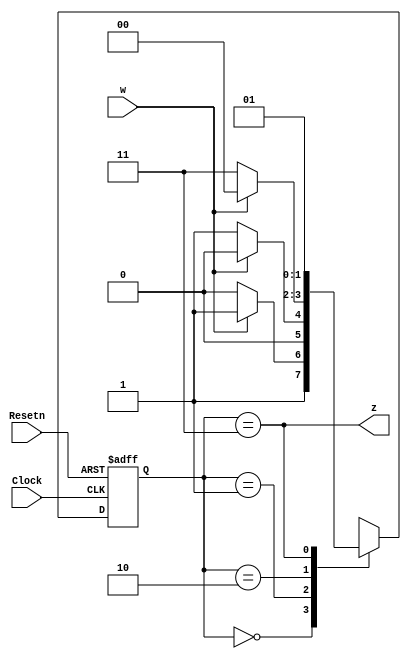
module Test(Clock, Resetn, w, z);
input Clock, Resetn, w;
output z;

reg [1:0] y, Y;
parameter [1:0] S0 =0, S1=1, S2=2, S3=3;

always@ (w, y)
	case (y)
		S0: if (w) Y = S3;
			else Y = S2;
		S1: if (w) Y = S0;
			else Y = S1;
		S2: if (w) Y = S0;
			else Y = S3;
		S3: if (w) Y = S1;
			else Y = S1;
	endcase
		
always @(negedge Resetn, posedge Clock)
	if (Resetn == 0) y<=S0;
	else y <= Y;
	
assign z = (y==S3);

endmodule